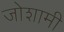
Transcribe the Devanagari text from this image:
जोशामी